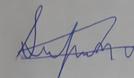
Signature authenticity: forged